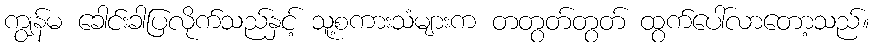
ကျွန်မ ခေါင်းခါပြလိုက်သည်နှင့် သူ့စကားသံများက တတွတ်တွတ် ထွက်ပေါ်လာတော့သည်။